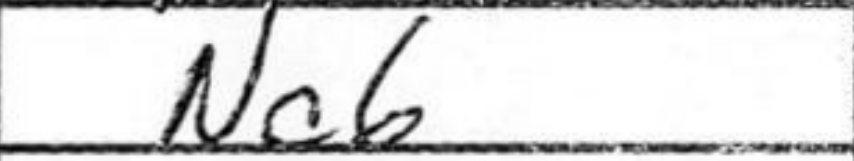
Transcription: Nc6